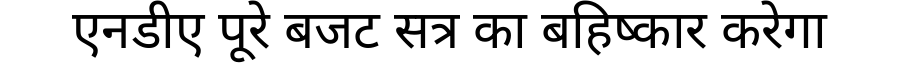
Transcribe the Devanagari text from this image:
एनडीए पूरे बजट सत्र का बहिष्कार करेगा